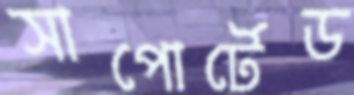
সাপোর্টেড